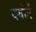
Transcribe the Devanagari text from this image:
क्योर्न